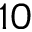
1 0